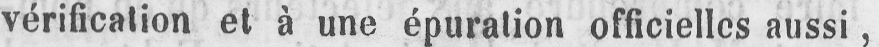
vérification et à une épuration officielles aussi,